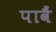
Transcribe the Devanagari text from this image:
पावैं